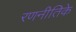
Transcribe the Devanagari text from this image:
रणनीतिके